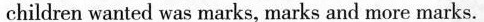
children wanted was marks, marks and more marks.